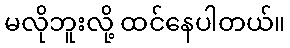
မလိုဘူးလို့ ထင်နေပါတယ်။